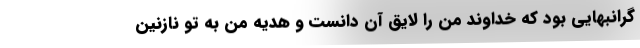
گرانبهایی بود که خداوند من را لایق آن دانست و هدیه من به تو نازنین